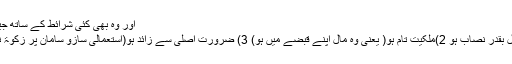
اور وہ بھی کئی شرائط کے ساتھ جیسے:
1)مال بقدر نصاب ہو 2)ملکیت تام ہو( یعنی وہ مال اپنے قبضے میں ہو) 3) ضرورت اصلی سے زائد ہو(استعمالی سازو سامان پر زکوٰۃ نہیں)۔